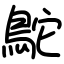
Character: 鴕